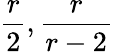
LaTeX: \frac{r}{2},\frac{r}{r-2}